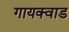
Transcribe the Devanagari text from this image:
गायक्वाड